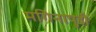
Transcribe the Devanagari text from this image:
मगिनापुडी